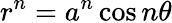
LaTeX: r^{n}=a^{n}\cos n\theta